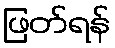
ဖြတ်ရန်